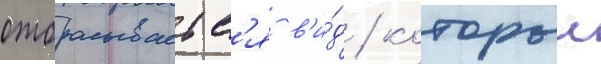
отбрасываетс'я в'и́д / которыи